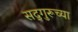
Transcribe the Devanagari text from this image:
सद्‌गुरूच्या